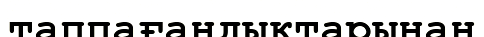
таппағандықтарынан